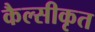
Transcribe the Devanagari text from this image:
कैल्सीकृत